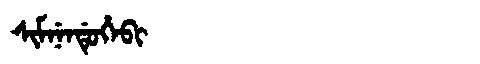
Manchu: ᠰᡳᠮᠨᡝᠨᡩᡠᡥᡝᠪᡳ
Romanization: SIMNENDUHEBI